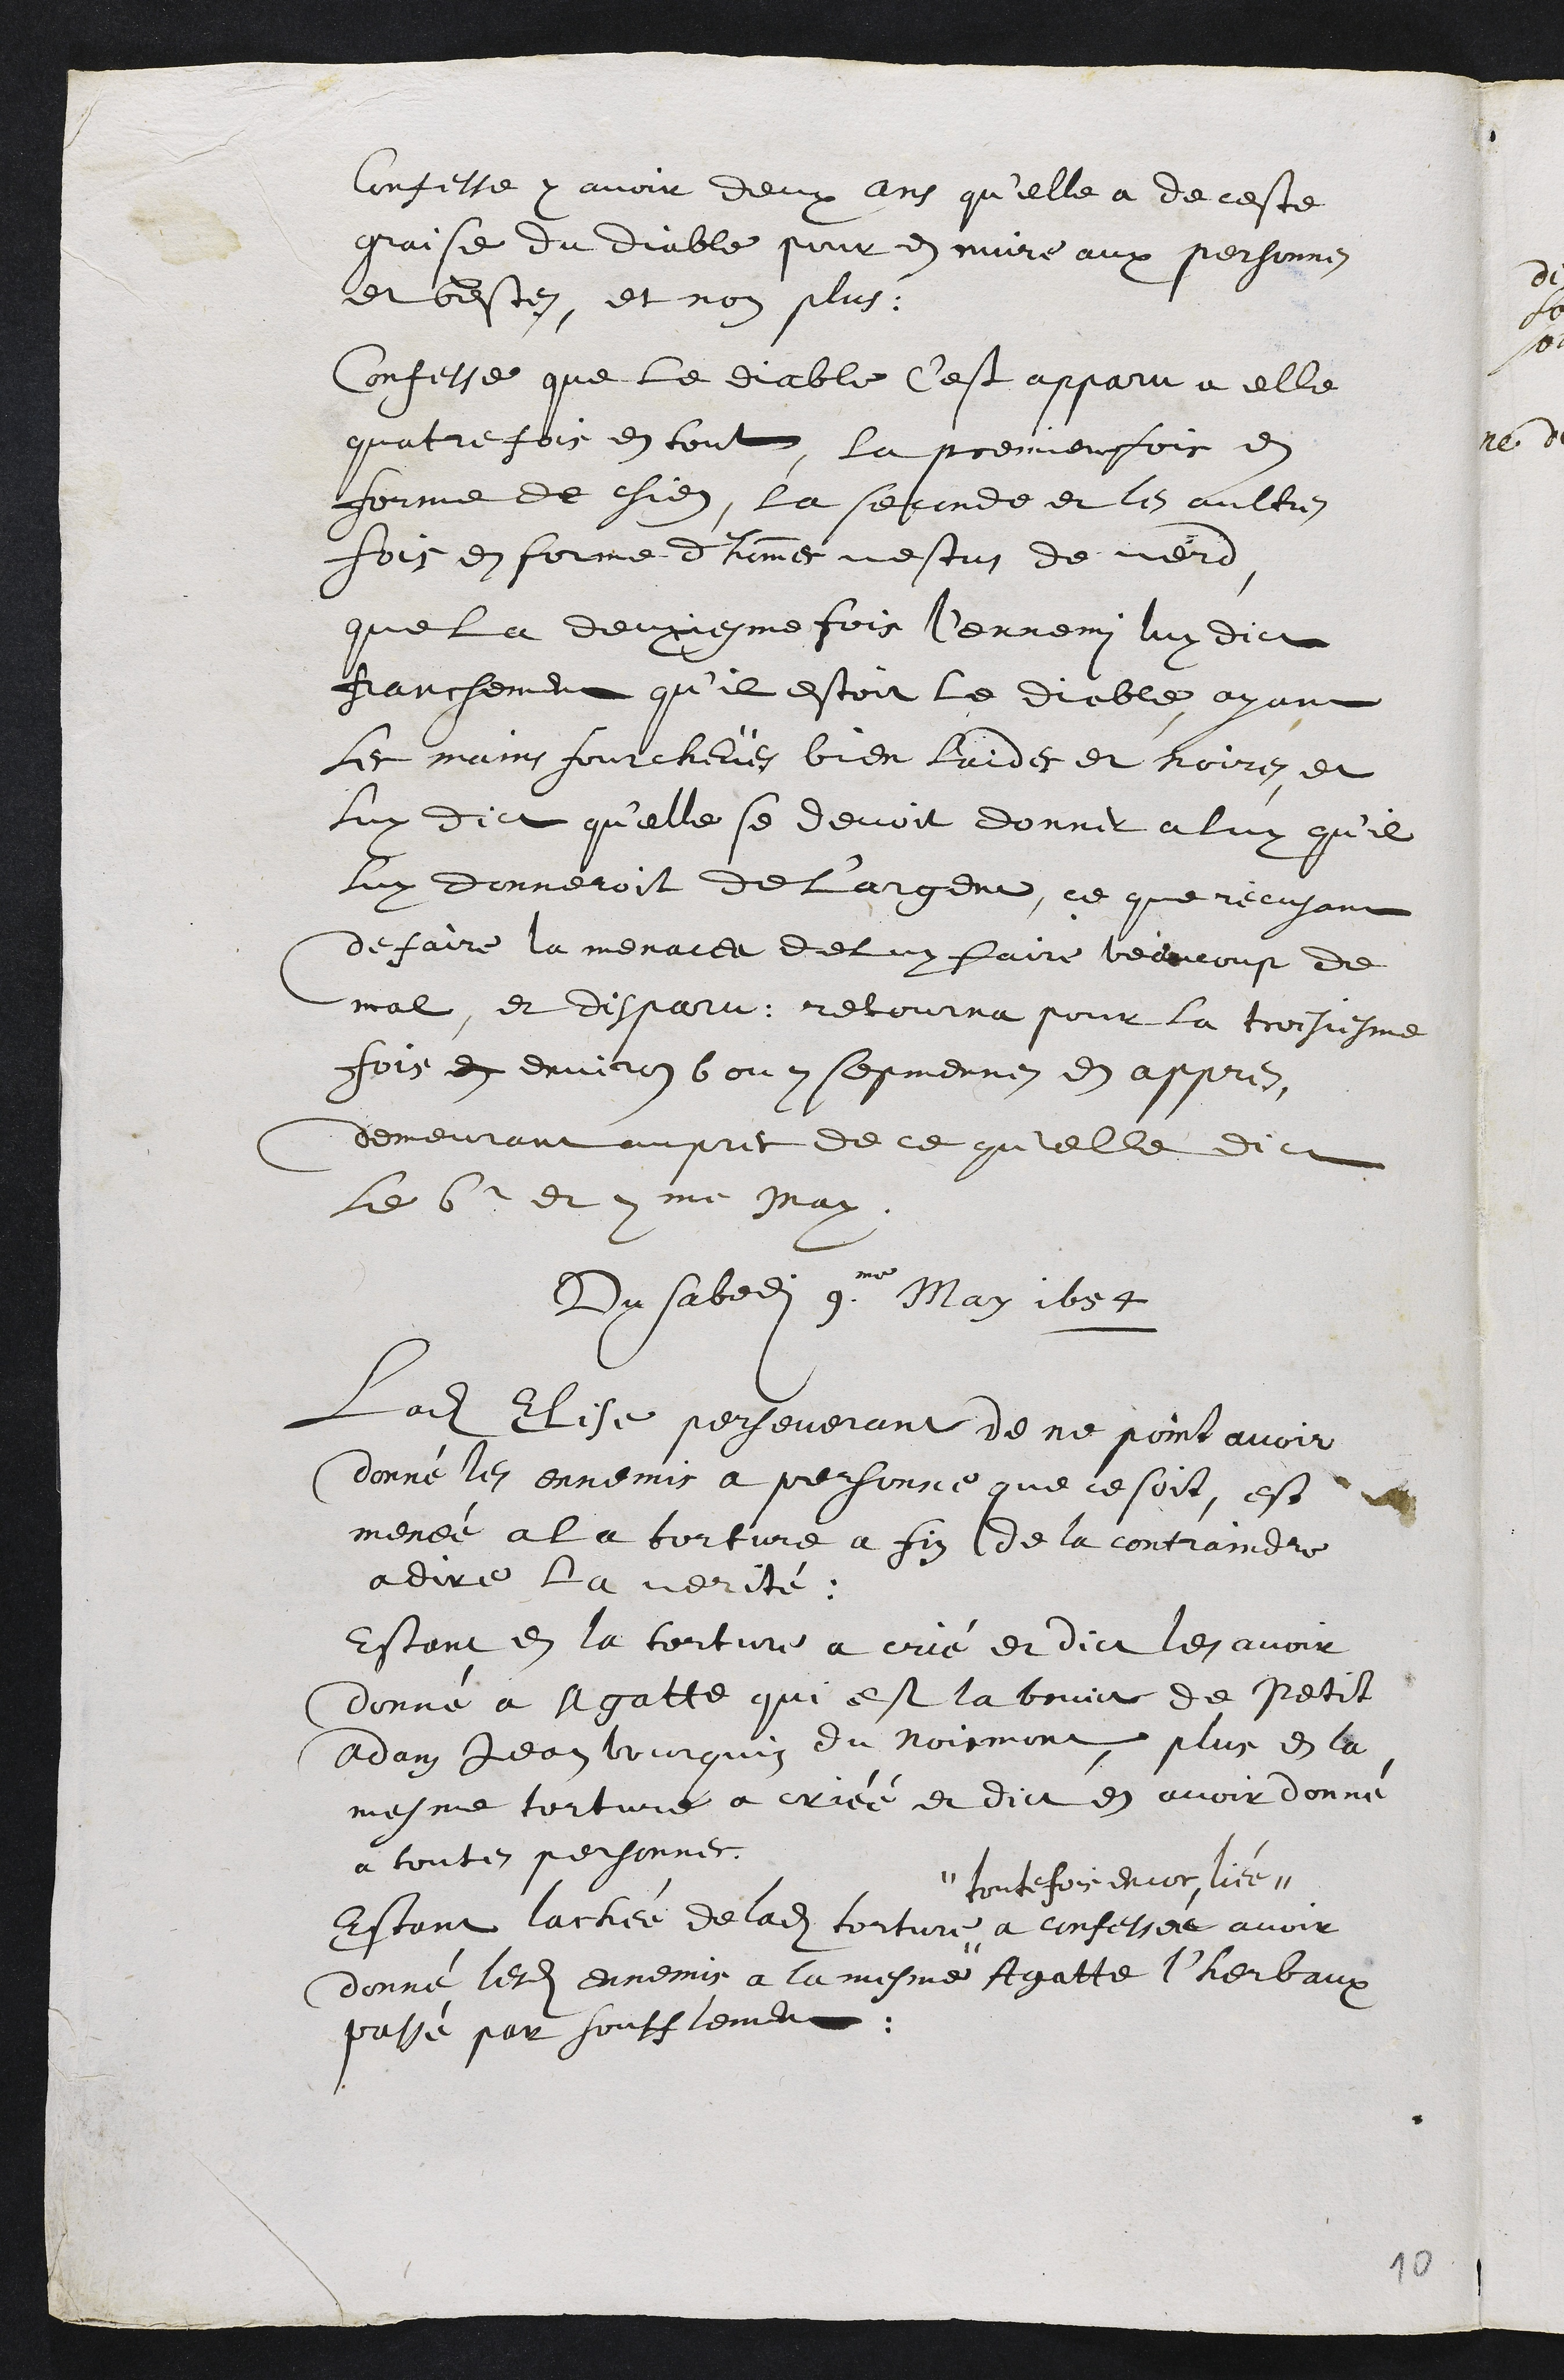
Confesse y avoir deux ans qu'elle a de ceste
graisse du Diable pour en nuire aux personnes
et bestes, et non plus.
Confesse que le diable c'est apparu a elle
quatre fois en tout, la premiere fois en
forme de chien, la seconde et les aultres
fois en forme d'hommes vestus de verd
que la deuxiesme fois l'ennemi luy dict
Franchement qu'il estoit le diable, ayant
les mains fourcheües bien laides et noires et
luy dict qu'elle se devoit donner a luy qu'il
luy donneroit de l'argent, ce que récusant
de faire la menacea de luy faire beaucoup de
mal, et disparu. retourna pour la troisiesme
fois en environ 6 ou 7 sepmennes en appres,
demeurant aupres de ce quelle dict
Le 6e et 7me May.
Du sabedi 9me May 1654
Ladite Elise perseverant de ne point avoir
donné les ennemis a personne que ce soit, est
menée a la torture a fin de la contraindre
a dire la verité.
Estant en la torture a crié et dict les avoir
donné a Agatte qui est la bruict de Petit
Adam Jean Bourquin du Noirmont, plus en la
mesme torture a criéé et dict en avoir donné
a toutes personnes.
Estant lachée de ladite torture #
# toutefois encor liée
a confessée avoir
donné lesdits ennemis a la mesme Agatte l'herbaux
passé par soufflement.
10